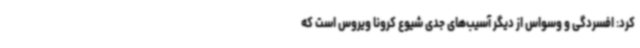
کرد: افسردگی و وسواس از دیگر آسیب‌های جدی شیوع کرونا ویروس است که